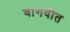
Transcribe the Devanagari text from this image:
वागवीत